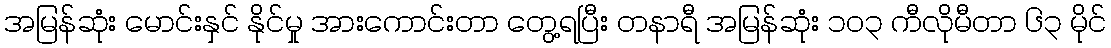
အမြန်ဆုံး မောင်းနှင် နိုင်မှု အားကောင်းတာ တွေ့ရပြီး တနာရီ အမြန်ဆုံး ၁၀၃ ကီလိုမီတာ ၆၃ မိုင်